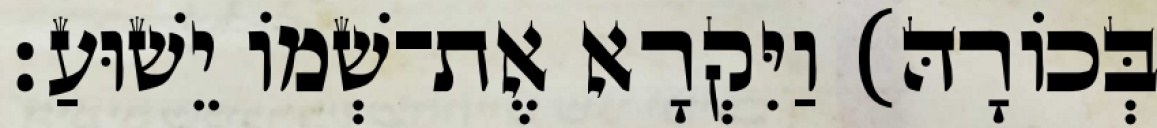
בְּכוֹרָהּ) וַיִּקְרָא אֶת־שְׁמוֹ יֵשׁוּעַ׃